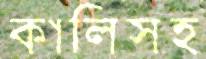
কালিসহ